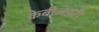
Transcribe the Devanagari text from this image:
केबीजेडटी